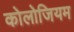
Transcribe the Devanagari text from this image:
कोलोजियम